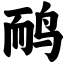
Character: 鸸